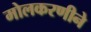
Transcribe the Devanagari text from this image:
मोलकरणीने